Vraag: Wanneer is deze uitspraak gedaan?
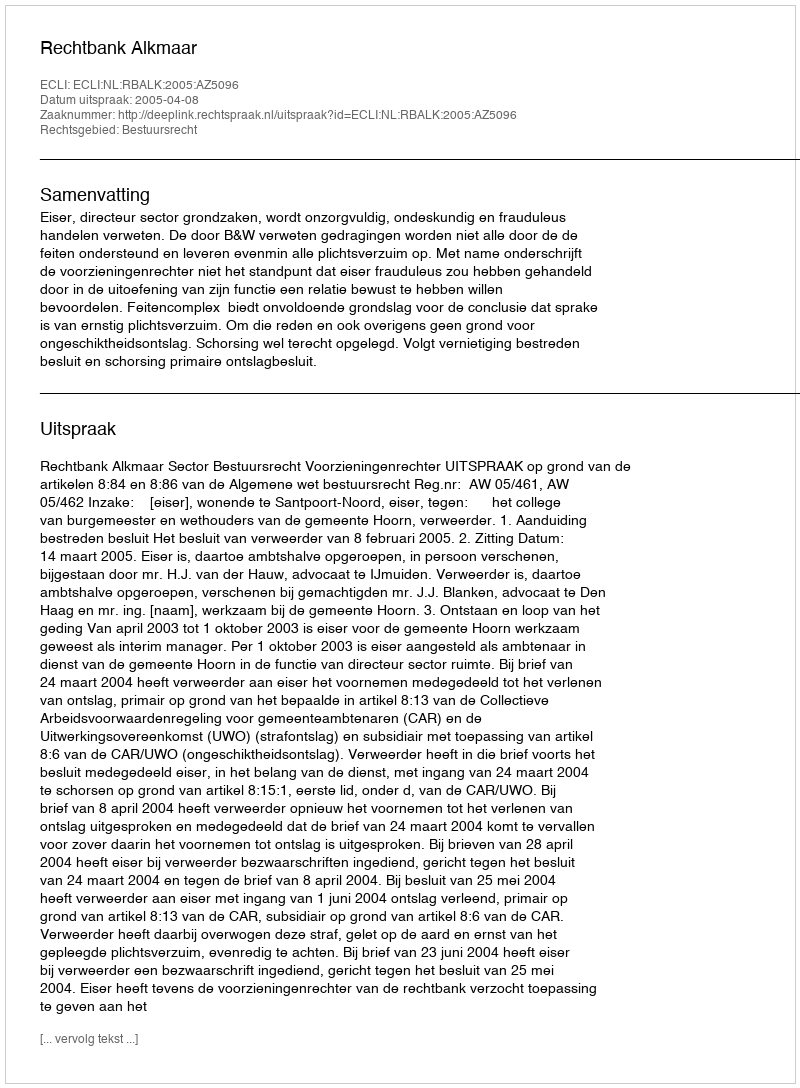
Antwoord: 2005-04-08